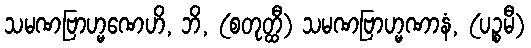
သမဏဗြာဟ္မဏေဟိ, ဘိ, (စတုတ္ထီ) သမဏဗြာဟ္မဏာနံ, (ပဉ္စမီ)